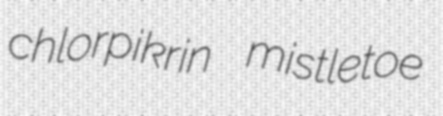
chlorpikrin mistletoe